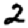
Digit: 2